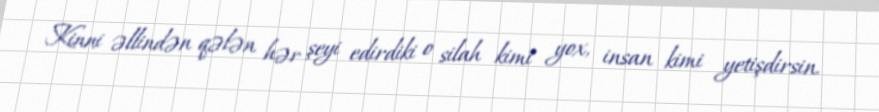
Kinni əllindən qələn hər şeyi edirdiki o silah kimi yox, insan kimi yetişdirsin.